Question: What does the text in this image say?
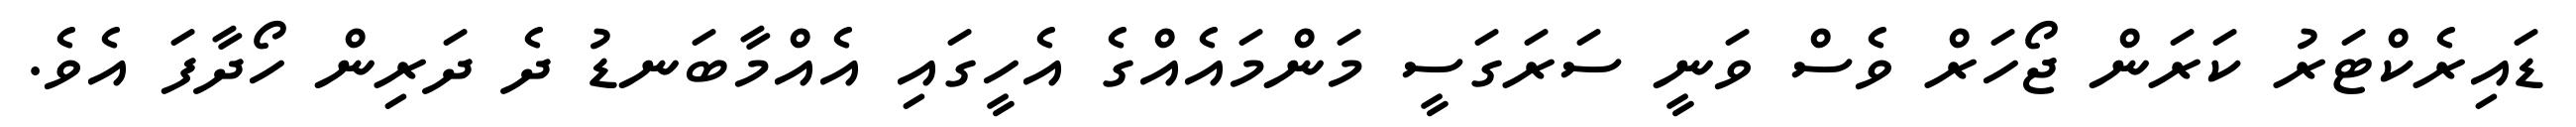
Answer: ޑައިރެކްޓަރު ކަރަން ޖޯހަރް ވެސް ވަނީ ސަރަގަސީ މަންމައެއްގެ އެހީގައި އެއްމާބަނޑު ދެ ދަރިން ހޯދާފަ އެވެ.